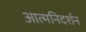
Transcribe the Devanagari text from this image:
आत्मनिदर्शन